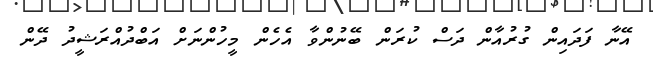
އޭނާ ފަދައިން ގުރުއާން ދަސް ކުރަން ބޭނުންވާ އެހެން މީހުންނަށް އަބްދުއްރަޝީދު ދޭން